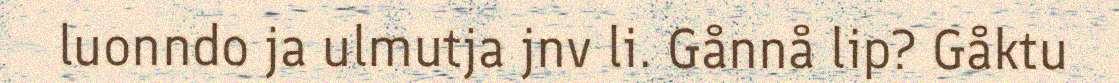
luonndo ja ulmutja jnv li. Gånnå lip? Gåktu